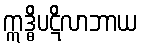
ဣဒ္ဓိပဋိလာဘာယ